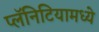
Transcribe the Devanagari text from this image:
प्लॅनिटियामध्ये